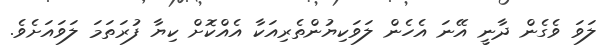
ލަވަ ވެގެން ދާނީ އޭނަ އެހެން ލަވަކިޔުންތެރިއަކާ އެއްކޮށް ކިޔާ ފުރަތަމަ ލަވައަށެވެ.